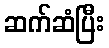
ဆက်ဆံပြီး